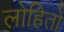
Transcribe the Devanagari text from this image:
लोहितो